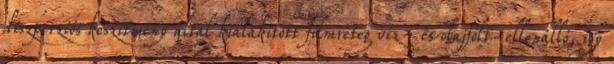
diszperziós készítmény által kialakított filmréteg víz- és olajfolt-ellenálló, így